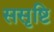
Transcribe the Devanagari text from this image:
ससृष्टि